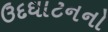
ઉદઘાટનનો